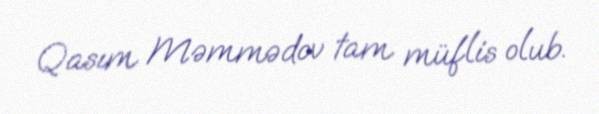
Qasım Məmmədov tam müflis olub.